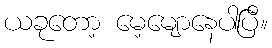
ယခုတော့ မေ့မျောနေပါပြီ။